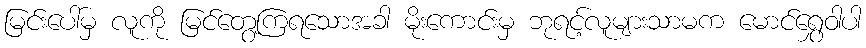
မြင်းပေါ်မှ လူကို မြင်တွေ့ကြရသောအခါ မိုးကောင်းမှ ဘုရင့်လူများသာမက မောင်ရွှေဝါပါ